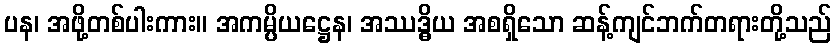
ပန၊ အဖို့တစ်ပါးကား။ အကမ္ပိယဋ္ဌေန၊ အဿဒ္ဓိယ အစရှိသော ဆန့်ကျင်ဘက်တရားတို့သည်